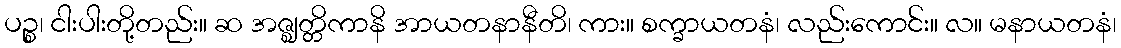
ပဉ္စ၊ ငါးပါးတို့တည်း။ ဆ အဇ္ဈတ္တိကာနိ အာယတနာနီတိ၊ ကား။ စက္ခာယတနံ၊ လည်းကောင်း။ လ။ မနာယတနံ၊